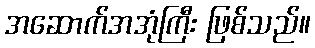
အဆောက်အအုံကြီး ဖြစ်သည်။